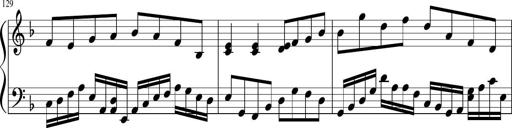
Title: Sonatina in F major
Composer: Ethan Ngo
Key: F major